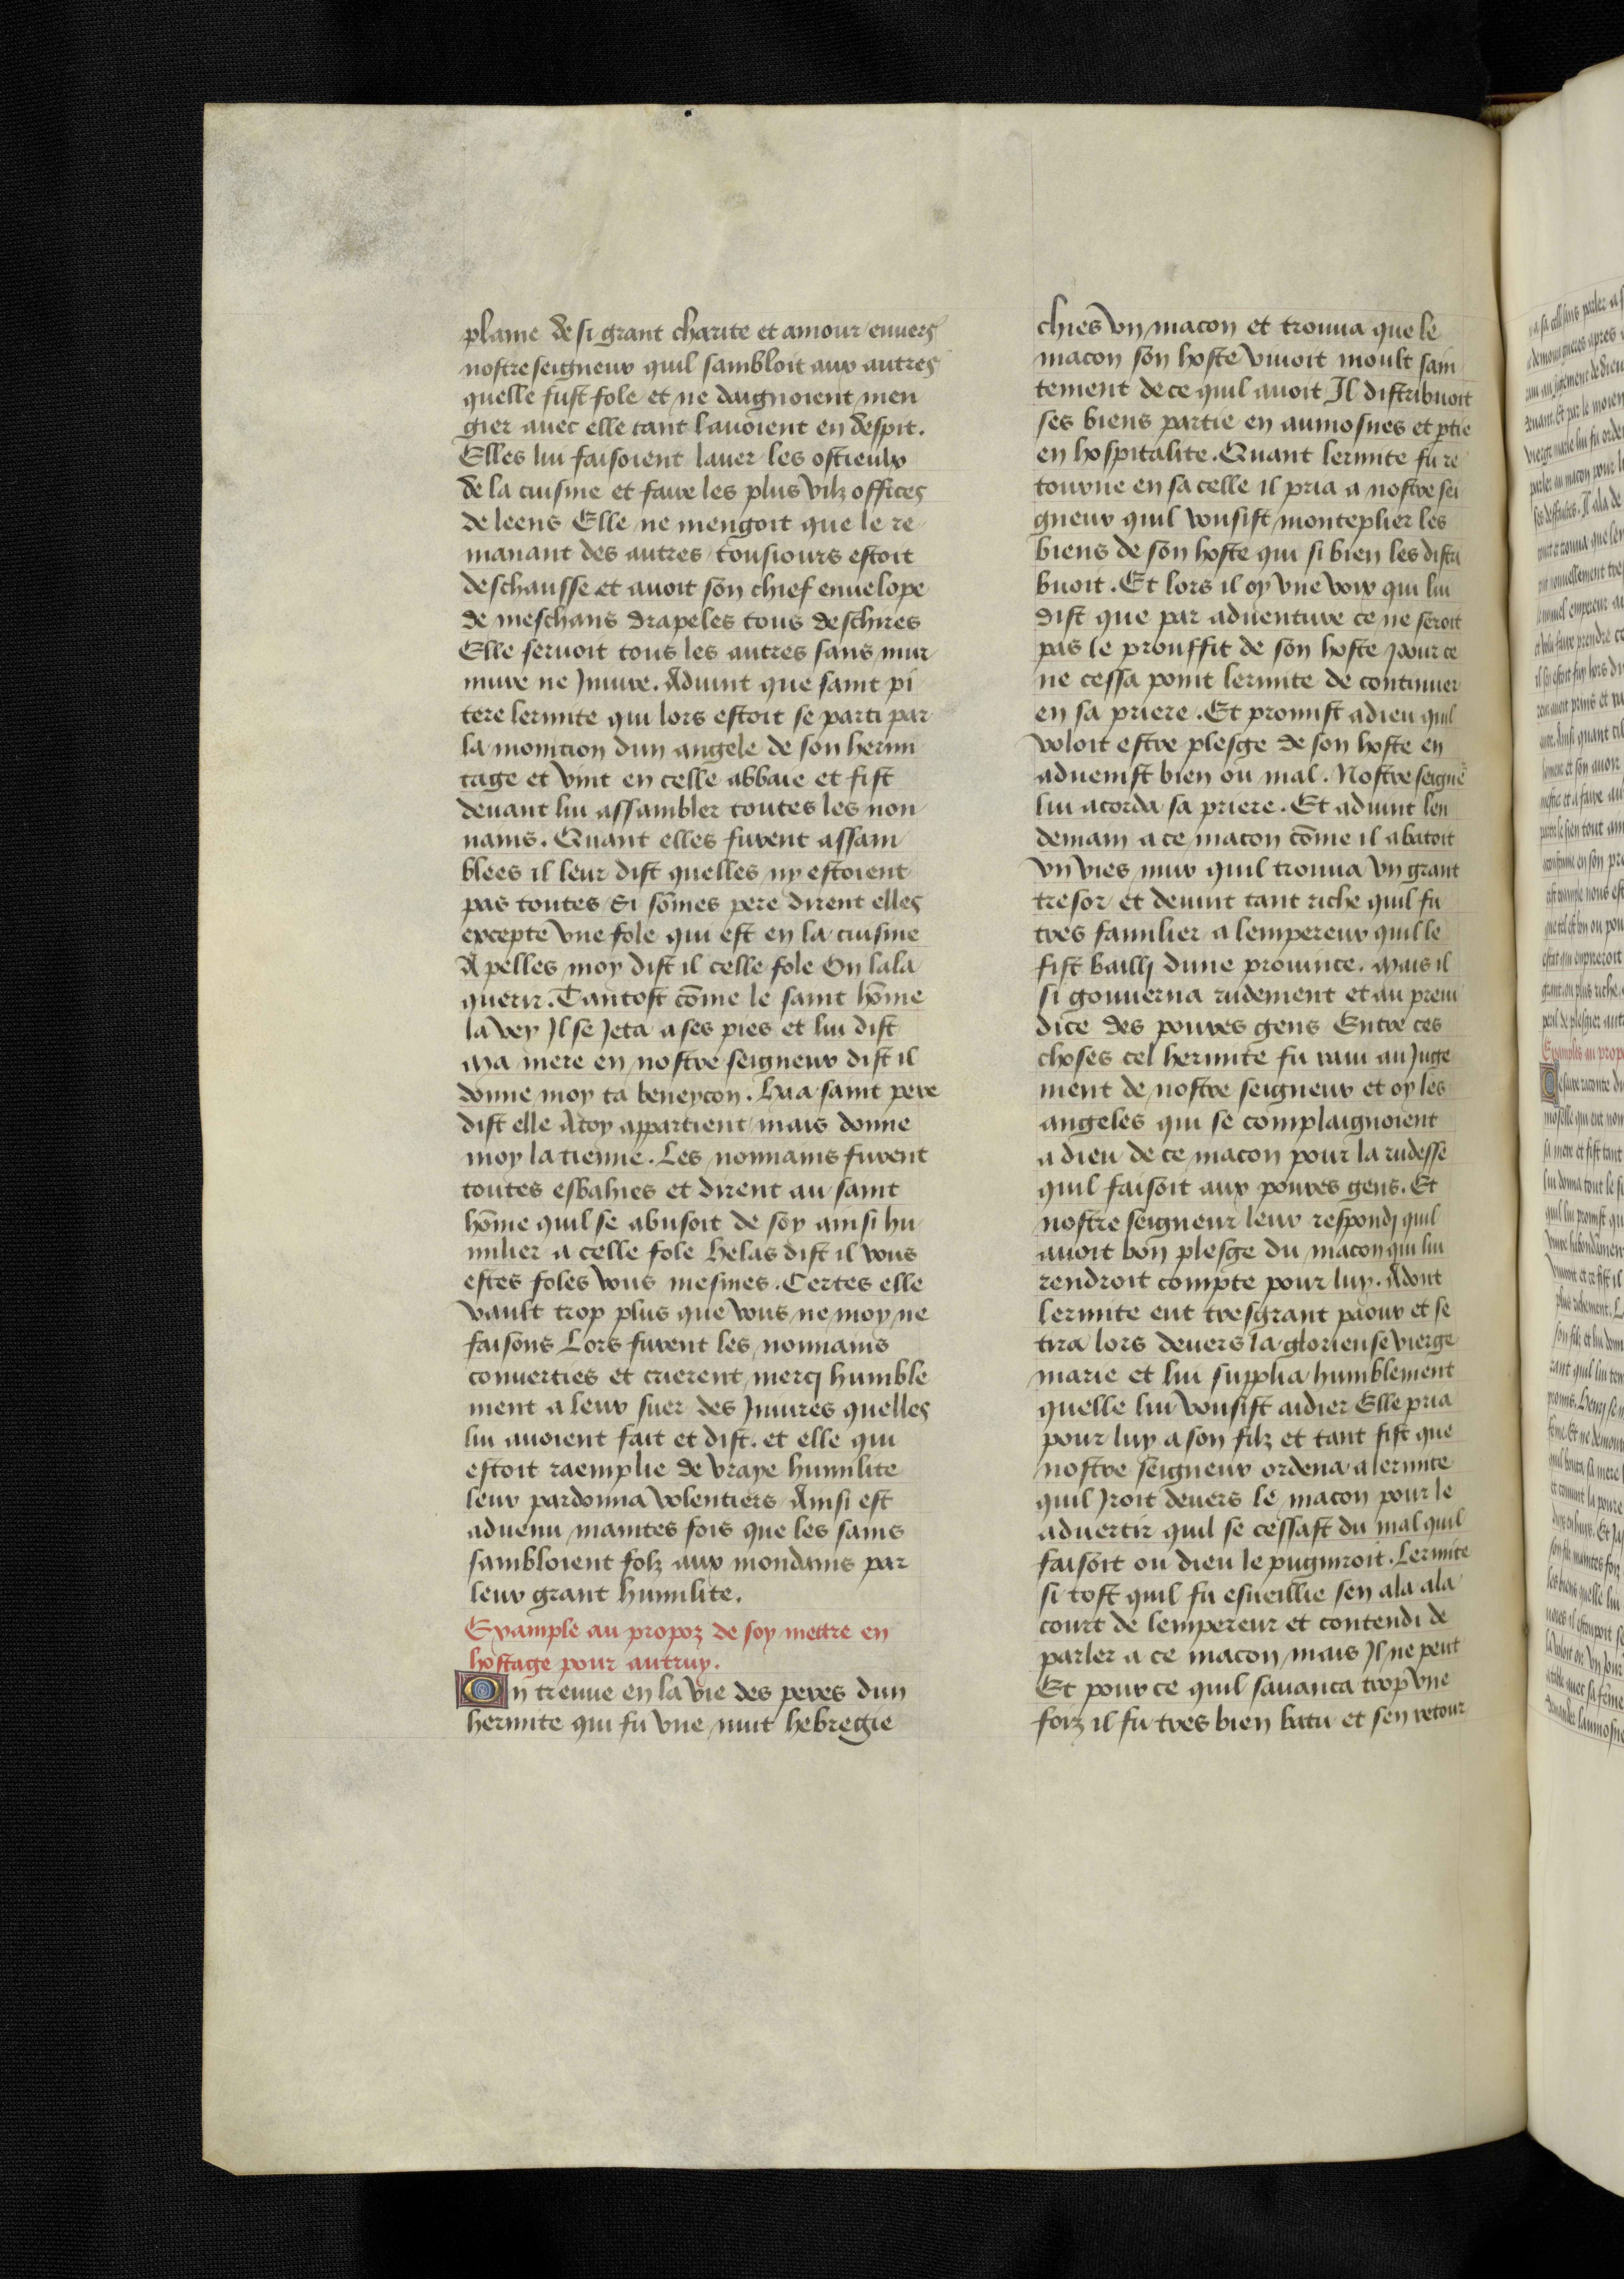
Shelfmark: Bruxelles, KBR, ms. 9232
Century: 15